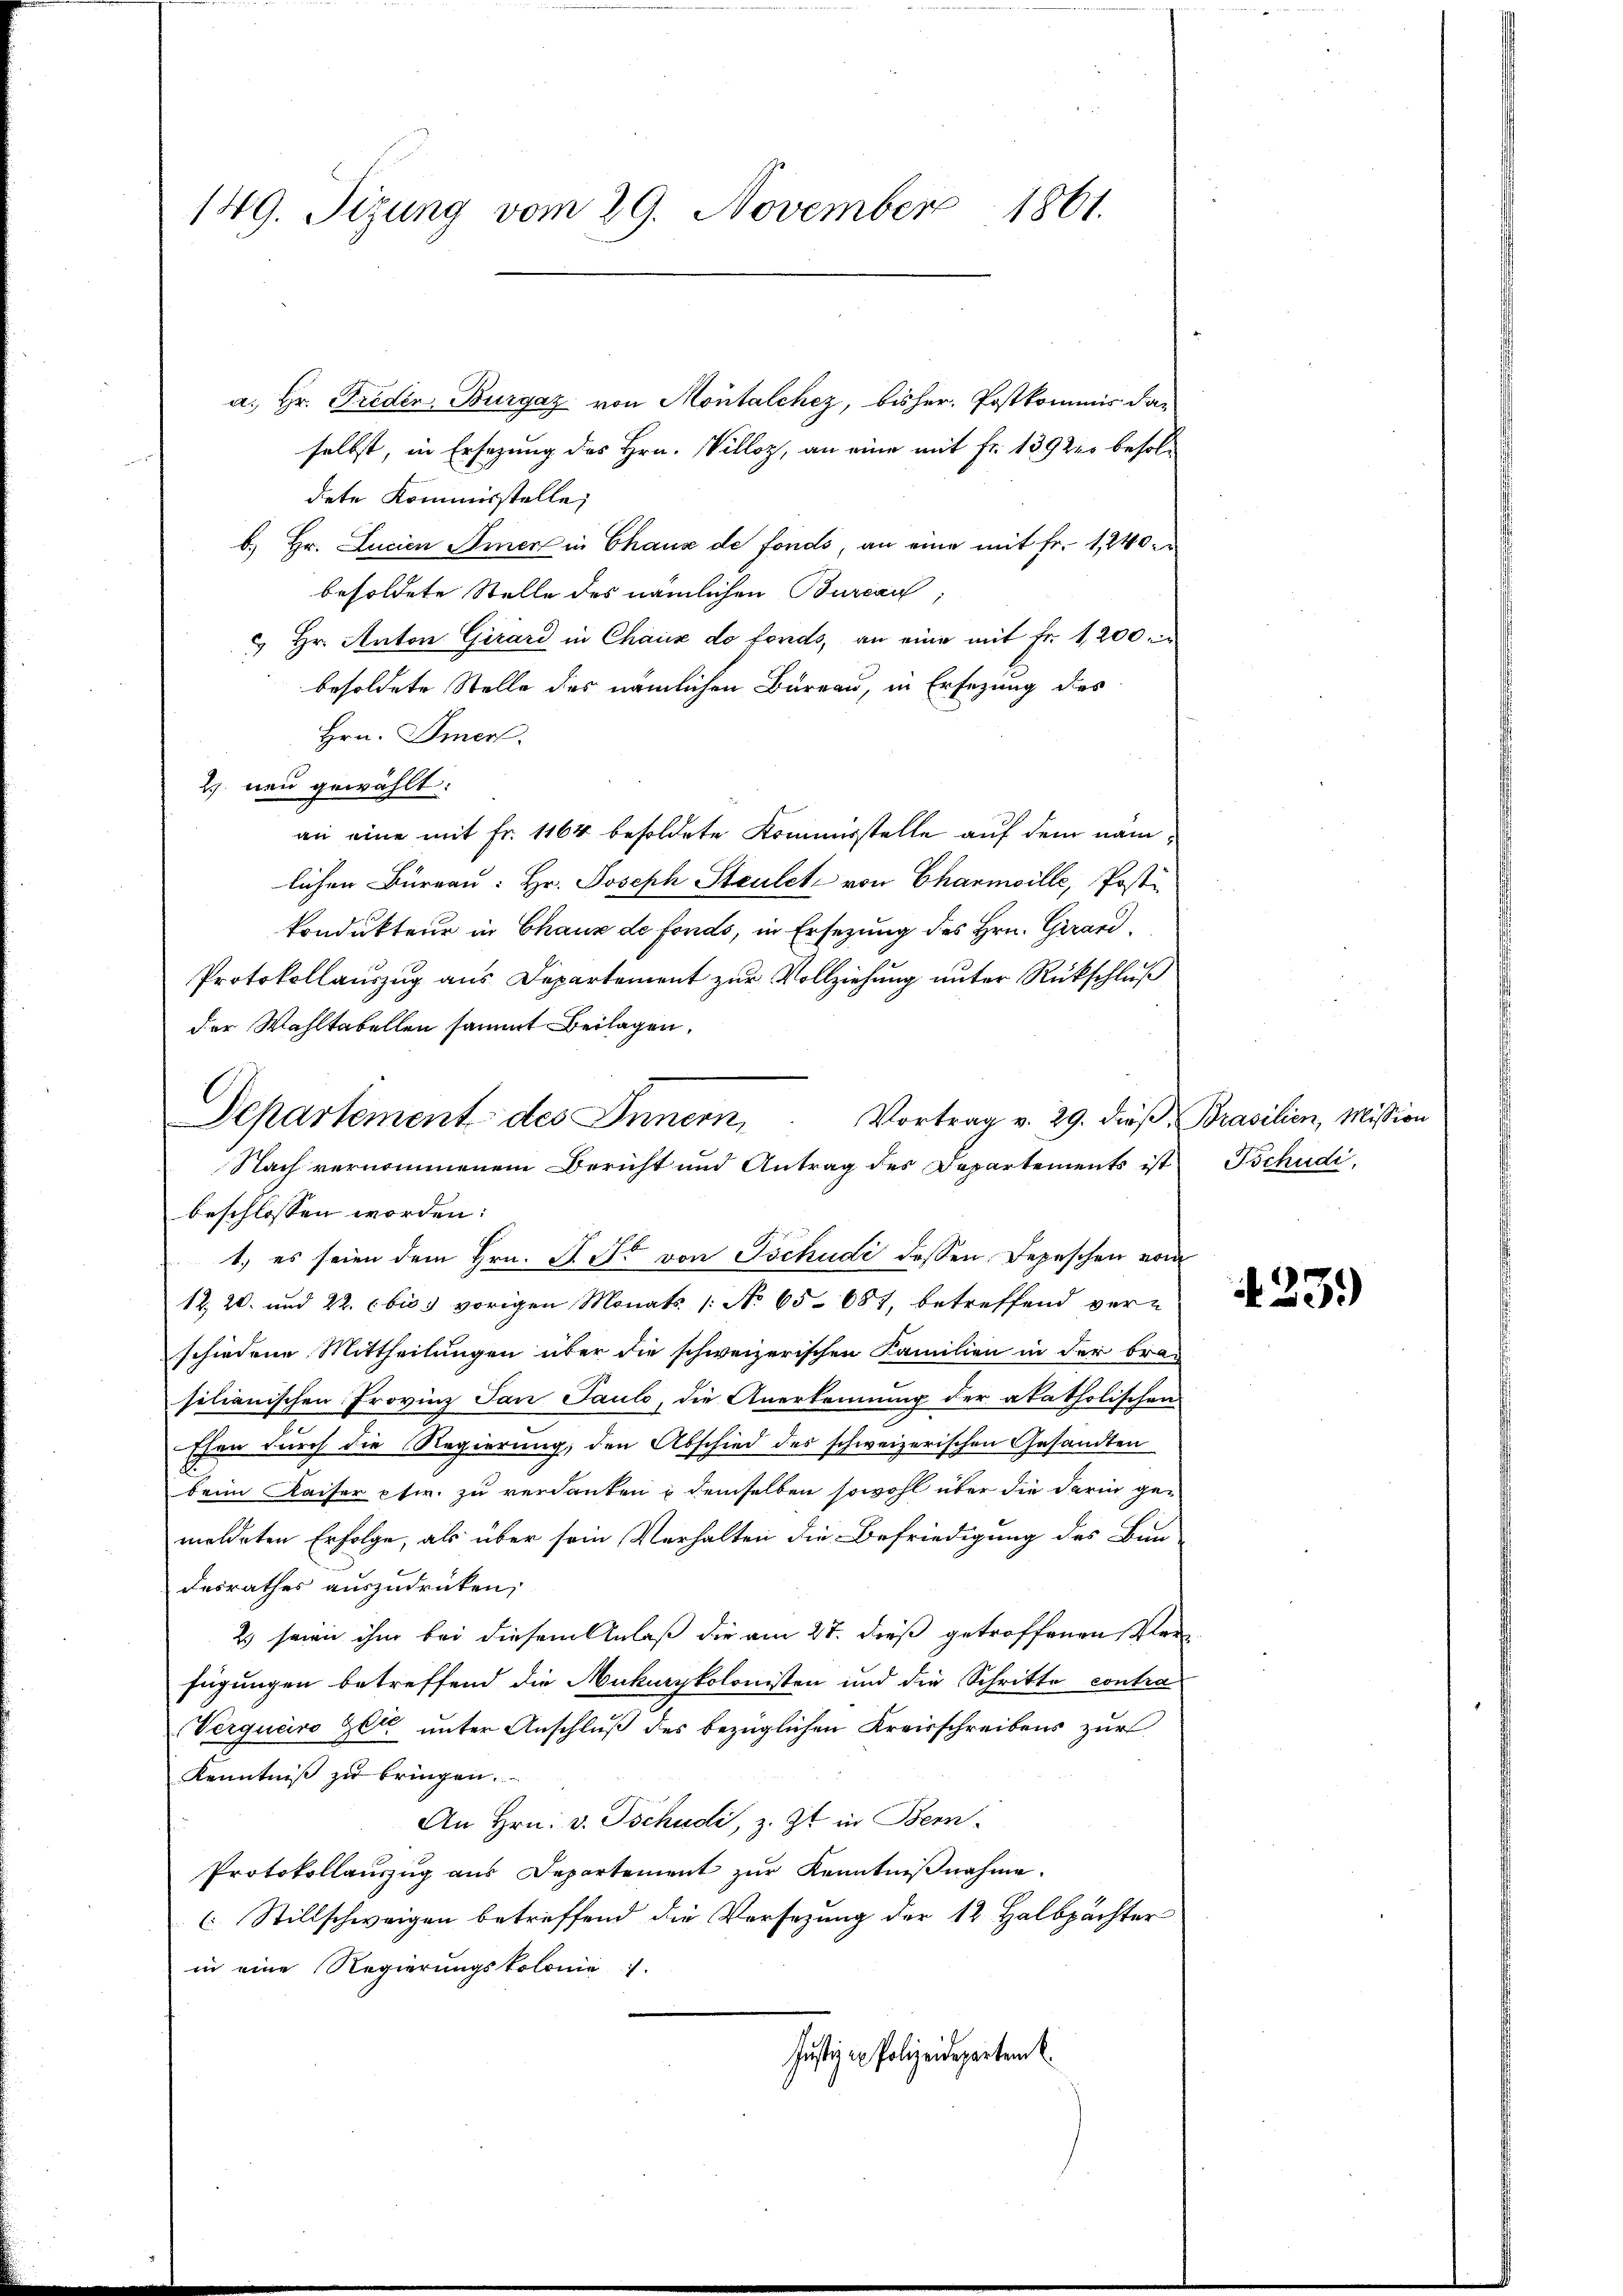
149. Sizung vom 29. November 1861.

a. Hr. Friden, Bürgaz von Montalchez, bisher, Postkommis dan
selbst, in Ersezung des Hrn. Villoz, an eine mit Fr. 139225 besoldete Kommisstelle,
b) Hr. Lucian Sinen in Chaux de fonds, an eine mit Fr. 1, 240 e
besoldete Stelle des nämlichen Burcan
 Hr. Anton Girard in Chaux do fonds, an eine mit Fr. 1,200 ein
besoldete Stelle des nämlichen Bureau, in Ersezung des
Hrn. Omen.
2 neu gewählt:
an eine mit Fr. 1164 besoldete Kommisstelle auf dem nämlichen Burgau: Hr. Joseph Steuletz von Charmoille, Post
kondukteur in Chaux de fonds, in Ersezung des Hrn. Girard¬
Protokollauszug aus Departement zur Vollziehung unter Rückschluß
der Wahltabellen sammt Beilagen,
Vortrag v. 29. dieß, Brasilien, Mission
beschlossen worden:
1. es seien dem Hrn. P. F. von Tschudi dessen Depeschen vom
12, 20. und 22. c bis vorigen Monats /: No 65. 681, betreffend ver-
schiedene Mittheilungen über die schweizerischen Familien in der brasilianischen Provinz San Pauls, die Anerkennung der akatholischen
Ehen durch die Regierung, den Abschied des schweizerischen Gesandten
beim Kaiser etw. zu verdanken & demselben sowohl über die darin gemeldeten Erfolge, als über sein Verhalten die Befriedigung des Bun-
desrathes auszudrücken,
2) seien ihm bei diesem Anlaß die am 27. dieß getroffenen Verfügungen betreffend die Mukurykolonisten und die Schritte contra
Verquero Zeit unter Anschluß des bezüglichen Kreisschreibens zur
Kenntniß zu bringen.
An Hrn. v. Tschudi, z. Zt. in Bern.
Protokollauszug aus Departement zŭr Kenntniβnahme.
C. Stillschweigen betreffend die Versezung der 12 Halbpächter
in eine Regierungskolonie).
Justiz in Polizeidepartem E

Departement des Innern,
Nach vernommenem Bericht und Antrag des Departements ist Tschudi

25.)